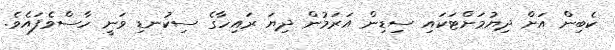
ކެބިން އަށް ދިޔުމަށްޓަކައި ސިޑިން އަރަމުން ދިޔަ ރައިހާގެ ސިކުނޑި ވަނީ ހާސްވެފައެވެ.